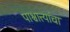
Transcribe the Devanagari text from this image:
पाश्चात्त्यांचा